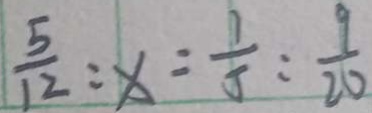
\frac { 5 } { 1 2 } : x = \frac { 1 } { 5 } : \frac { 9 } { 2 0 }